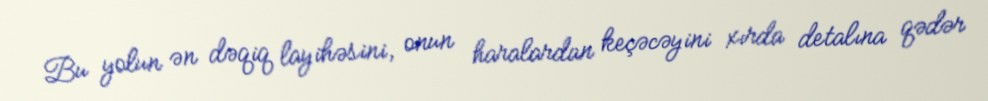
Bu yolun ən dəqiq layihəsini, onun haralardan keçəcəyini xırda detalına qədər